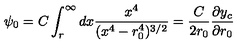
\psi _ { 0 } = C \int _ { r } ^ { \infty } d x \frac { x ^ { 4 } } { ( x ^ { 4 } - r _ { 0 } ^ { 4 } ) ^ { 3 / 2 } } = \frac { C } { 2 r _ { 0 } } \frac { \partial y _ { c } } { \partial r _ { 0 } }